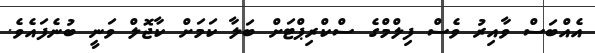
އެއްބަސް ވާއިރު ވެސް ފިލްމްގެ ސްކްރިޕްޓަށް ބަލާ ކަމަށް ކާޖޮލް ވަނީ ބުނެފައެވެ.